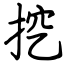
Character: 挖